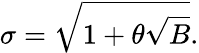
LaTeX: \sigma=\sqrt{1+\theta\sqrt{B}}.